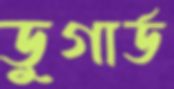
ডুগার্ড